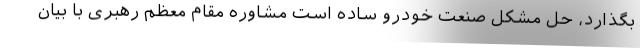
بگذارد، حل مشکل صنعت خودرو ساده است مشاوره مقام معظم رهبری با بیان